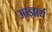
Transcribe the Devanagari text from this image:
आज्ञार्थ